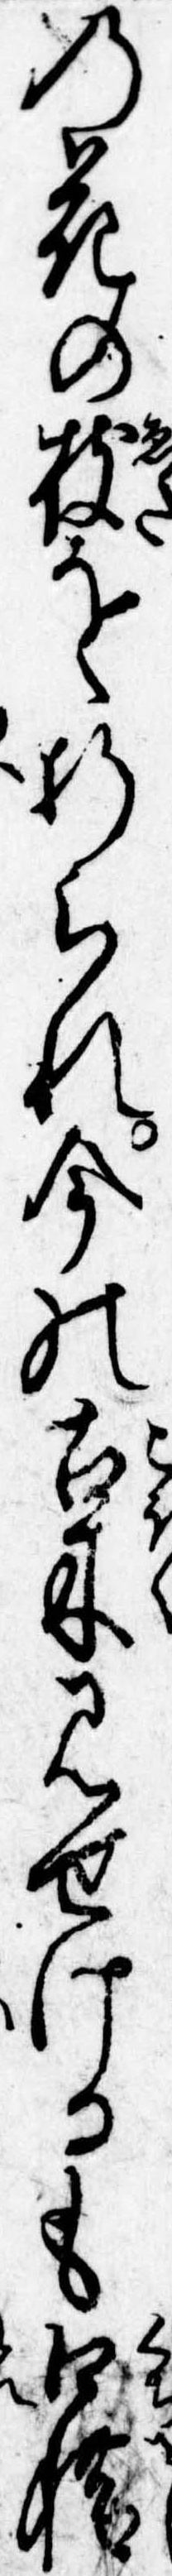
の花の枝を折られ今の古木見せけるも口惜